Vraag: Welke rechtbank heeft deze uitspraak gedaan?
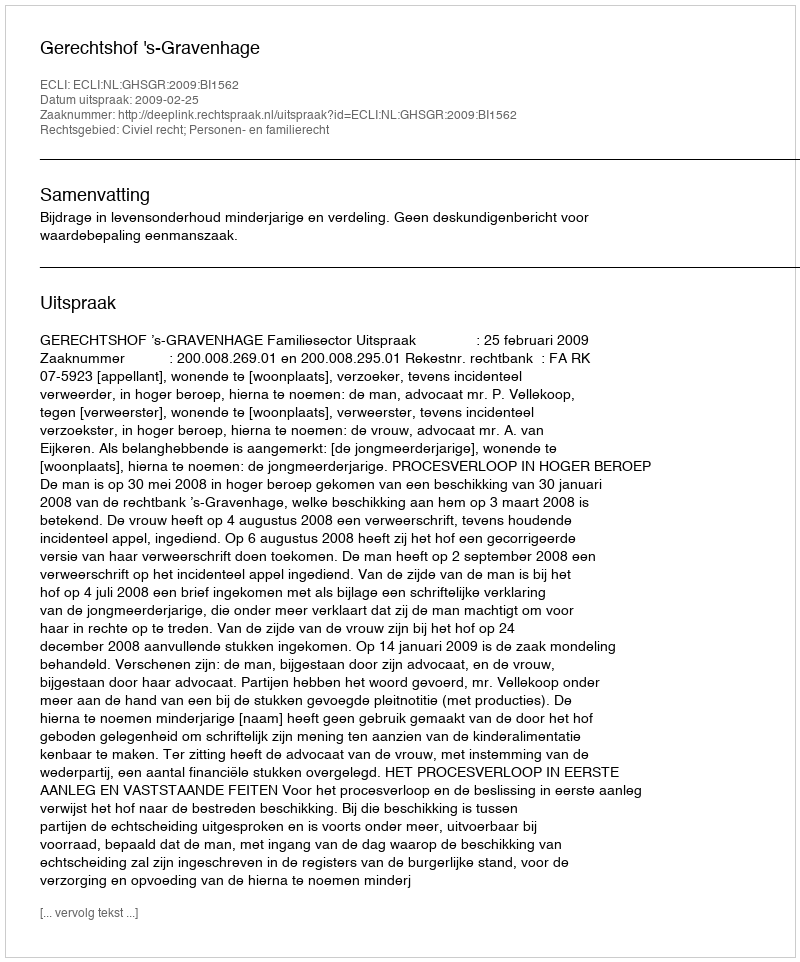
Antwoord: Gerechtshof 's-Gravenhage